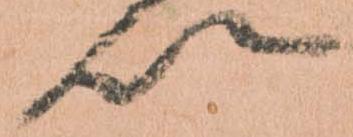
以